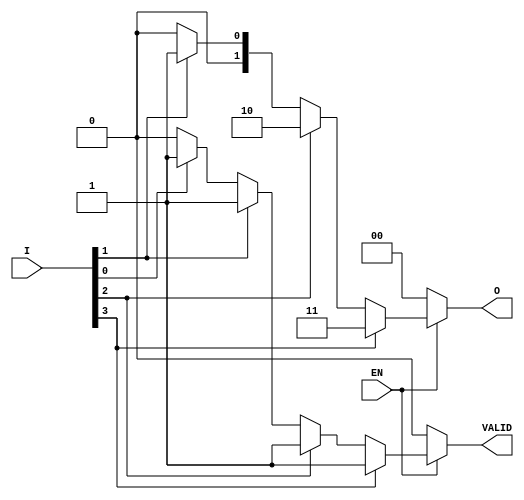
module priority_encoder(
    input wire [3:0] I,  // 4 one-hot encoded inputs
    input wire EN,       // Enable input
    output reg [1:0] O,  // 2-bit binary output representing the index
    output reg VALID     // Valid output
);

// Priority Encoder Logic
always @(*) begin
    if (EN) begin
        // Default output
        O = 2'b00;  // Default value when no inputs are active
        VALID = 1'b0; // Default valid output

        // Check for the highest priority input
        if (I[3]) begin
            O = 2'b11;  // Output for I3
            VALID = 1'b1; // Set valid since an input is active
        end else if (I[2]) begin
            O = 2'b10;  // Output for I2
            VALID = 1'b1; // Set valid since an input is active
        end else if (I[1]) begin
            O = 2'b01;  // Output for I1
            VALID = 1'b1; // Set valid since an input is active
        end else if (I[0]) begin
            O = 2'b00;  // Output for I0
            VALID = 1'b1; // Set valid since an input is active
        end
    end else begin
        // When EN is low, set output and valid to default
        O = 2'b00;
        VALID = 1'b0;
    end
end

endmodule